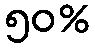
၅၀%